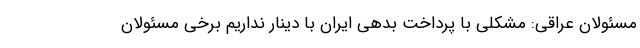
مسئولان عراقی: مشکلی با پرداخت بدهی ایران با دینار نداریم برخی مسئولان